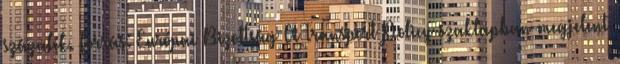
százalék. Forrás: Európai Bizottság A Transport Policy szaklapban megjelent